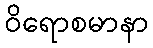
ဝိရောစမာနာ